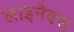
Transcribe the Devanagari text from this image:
लाइनैक्स